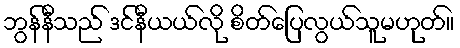
ဘွန်နီသည် ဒင်နီယယ်လို စိတ်ပြေလွယ်သူမဟုတ်။